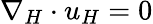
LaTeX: \nabla_{H}\cdot u_{H}=0